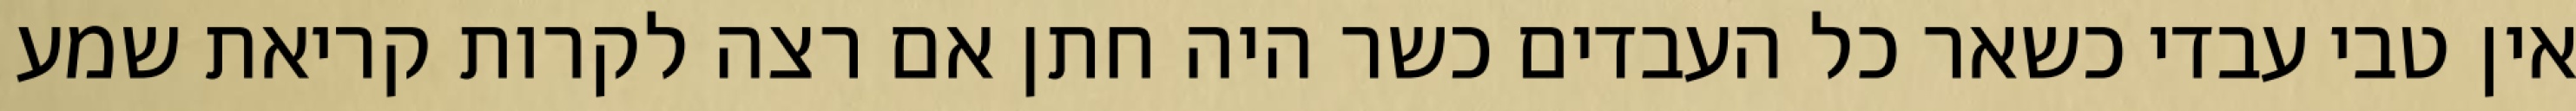
אין טבי עבדי כשאר כל העבדים כשר היה חתן אם רצה לקרות קריאת שמע